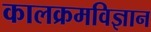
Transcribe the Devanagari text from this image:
कालक्रमविज्ञान